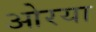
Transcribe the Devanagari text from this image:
ओरया